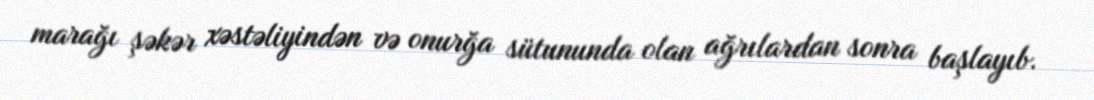
marağı şəkər xəstəliyindən və onurğa sütununda olan ağrılardan sonra başlayıb.